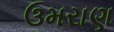
ઉમરાણ